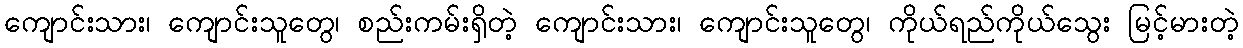
ကျောင်းသား၊ ကျောင်းသူတွေ၊ စည်းကမ်းရှိတဲ့ ကျောင်းသား၊ ကျောင်းသူတွေ၊ ကိုယ်ရည်ကိုယ်သွေး မြင့်မားတဲ့